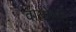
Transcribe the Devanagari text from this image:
वायोलेंट